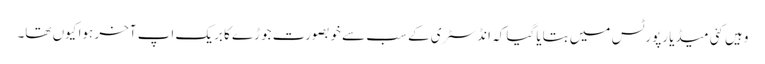
وہیں کئی میڈیا رپورٹس میں بتایا گیا کہ انڈسٹری کے سب سے خوبصورت جوڑے کا بریک اپ آخر ہوا کیوں تھا۔